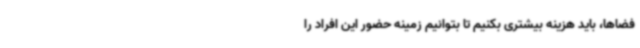
فضاها، باید هزینه بیشتری بکنیم تا بتوانیم زمینه حضور این افراد را